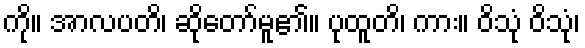
ကို။ အာလပတိ၊ ဆိုတော်မူ၏။ ပုထူတိ၊ ကား။ ဝိသုံ ဝိသုံ၊